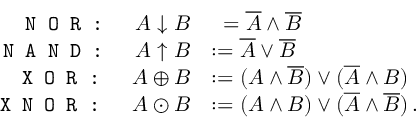
\begin{array} { r l } { \texttt { N O R : } \quad A \downarrow B } & { \phantom { : } = \overline { A } \wedge \overline { B } } \\ { \texttt { N A N D : } \quad A \uparrow B } & { : = \overline { A } \vee \overline { B } } \\ { \texttt { X O R : } \quad A \oplus B } & { : = ( A \wedge \overline { B } ) \vee ( \overline { A } \wedge B ) } \\ { \texttt { X N O R : } \quad A \odot B } & { : = ( A \wedge B ) \vee ( \overline { A } \wedge \overline { B } ) \, . } \end{array}